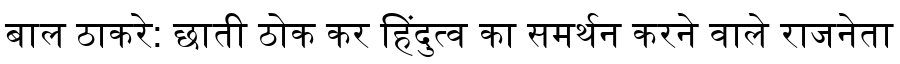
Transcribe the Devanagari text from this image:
बाल ठाकरे: छाती ठोक कर हिंदुत्व का समर्थन करने वाले राजनेता